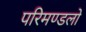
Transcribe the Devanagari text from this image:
परिमण्डलो